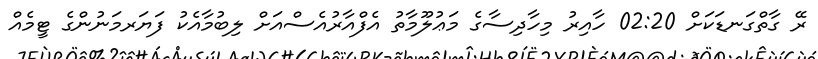
ރޭ ގާތްގަނޑަކަށް 02:20 ހާއިރު މިހާދިސާގެ މަޢުލޫމާތު އެފްއާރުއެސްއަށް ލިބުމާއެކު ފަޔަރމަނުންގެ ޓީމެއް